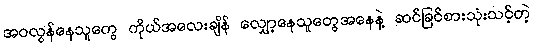
အဝလွန်နေသူတွေ ကိုယ်အလေးချိန် လျှော့နေသူတွေအနေနဲ့ ဆင်ခြင်စားသုံးသင့်တဲ့